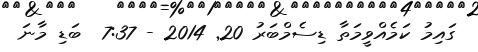
ގައިމު ކަމެއްވީމަތާ ޑިސެމްބަރު 20